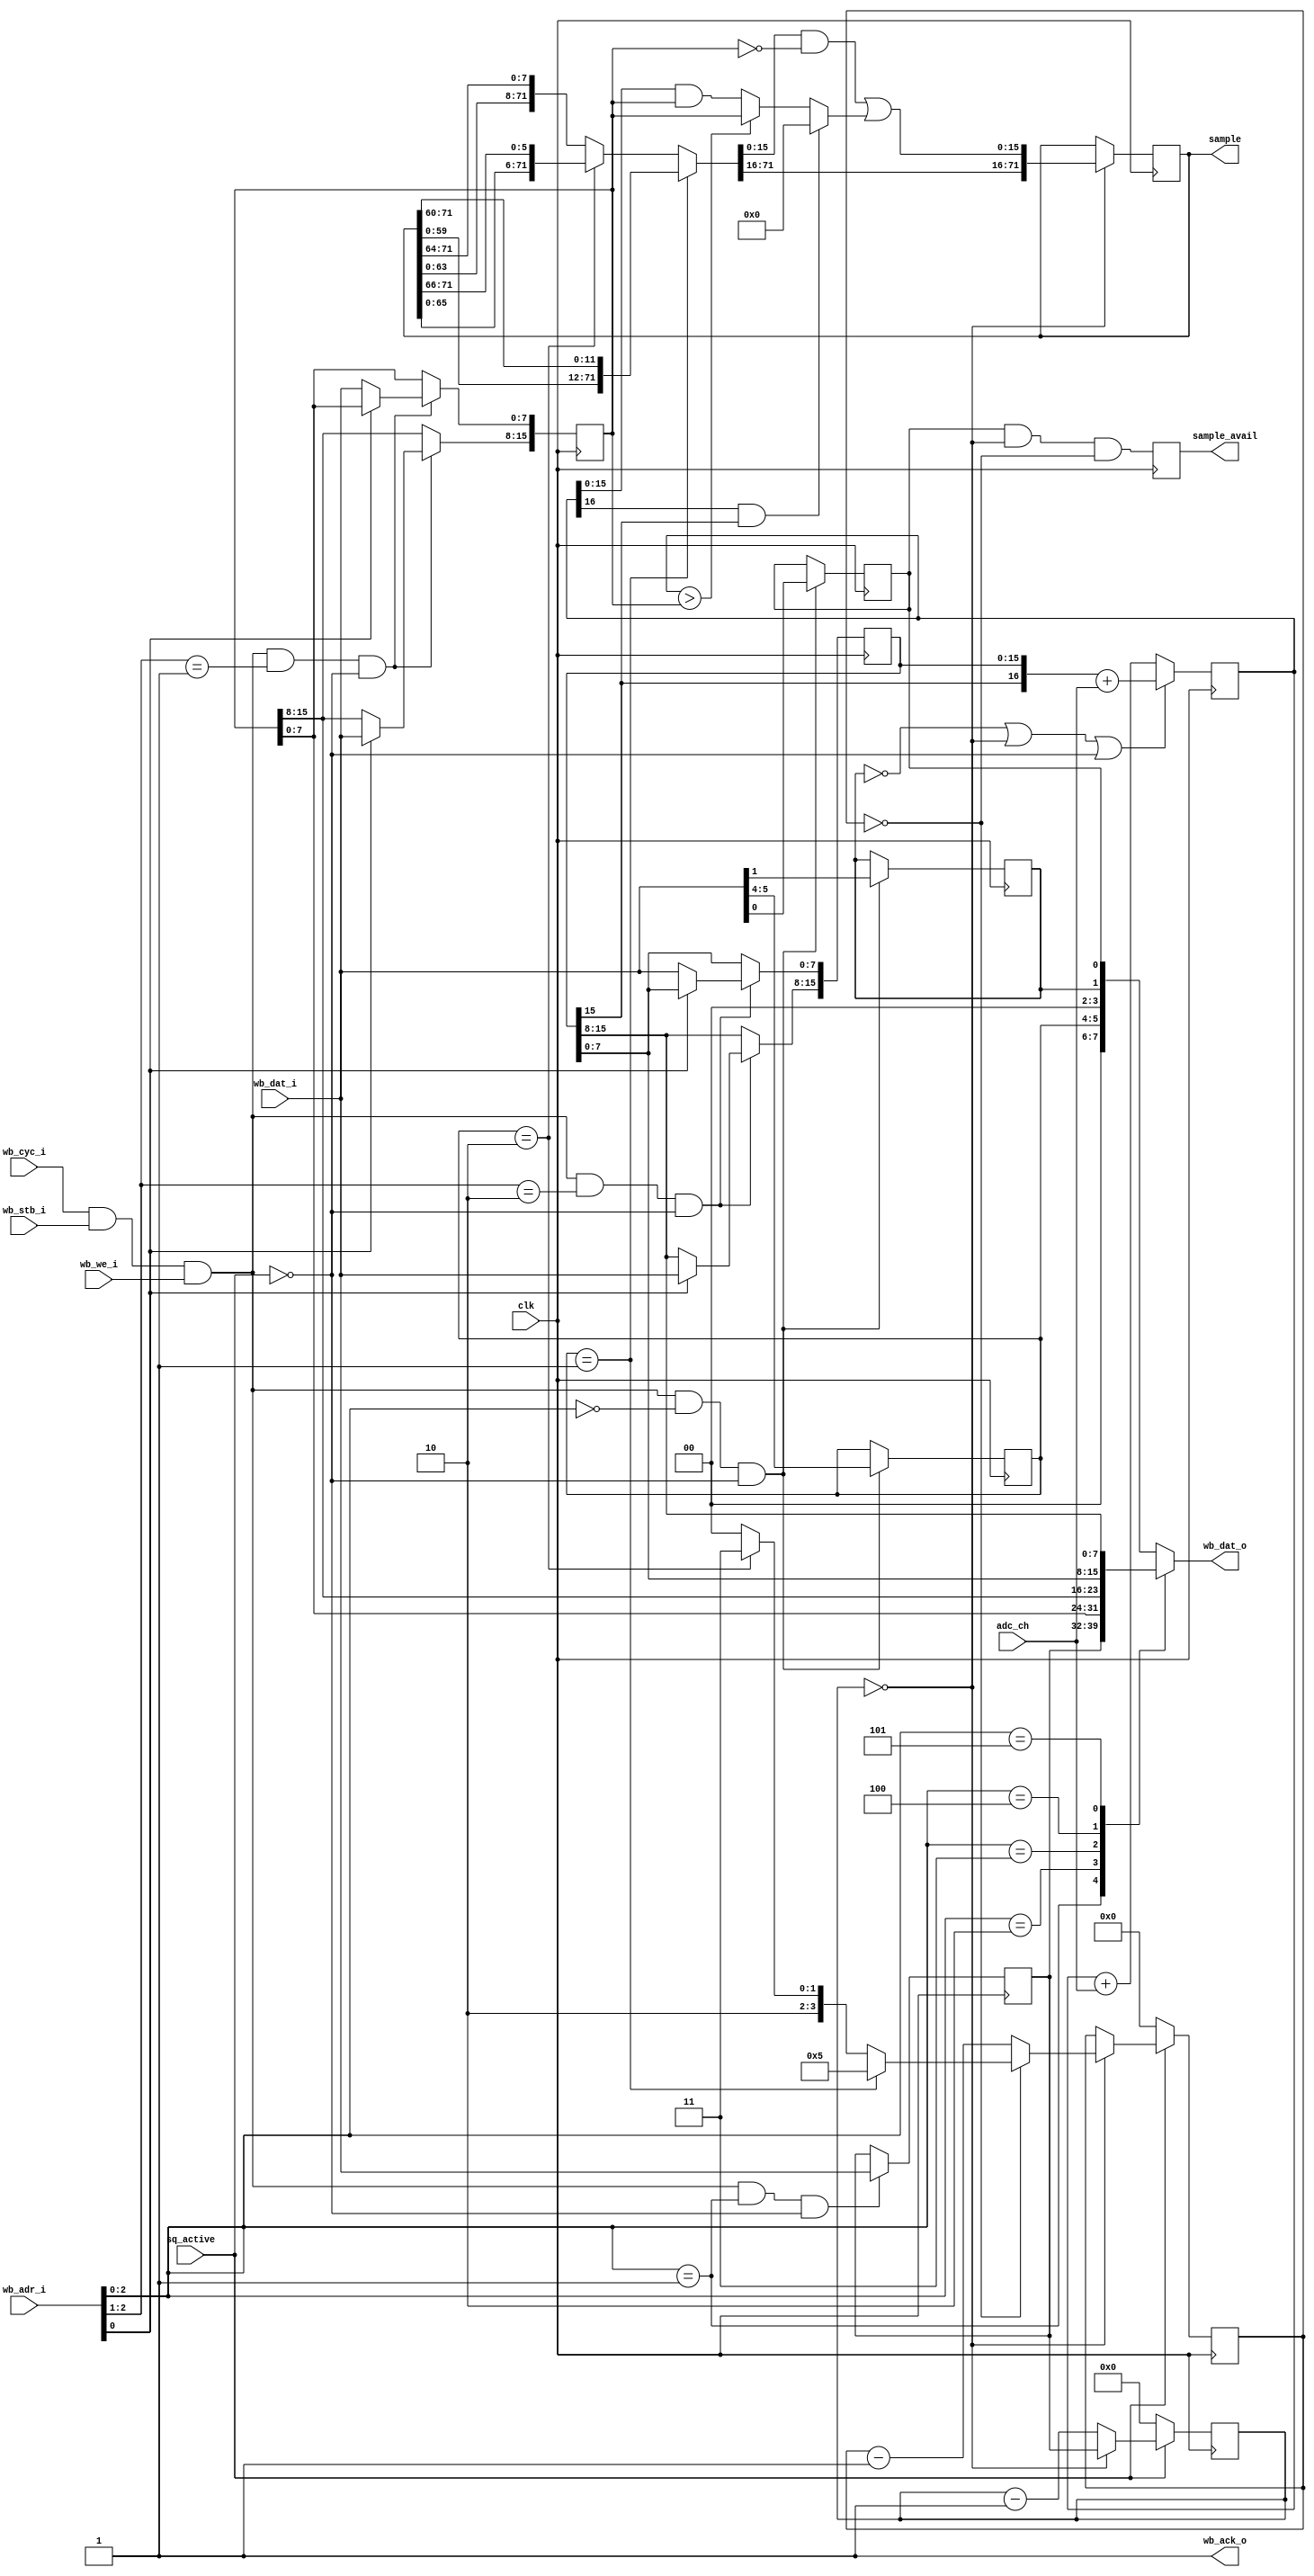
// Collect multiple ADC reading into a sample queue entry
//
// Copyright (C) 2023  Kevin O'Connor <kevin@koconnor.net>
//
// This file may be distributed under the terms of the GNU GPLv3 license.

module sampadcacc #(
    parameter SAMPLE_W = 72
    )(
    input clk,
    input [7:0] adc_ch, input sq_active,

    output reg [SAMPLE_W-1:0] sample, output reg sample_avail,

    input wb_stb_i, input wb_cyc_i, input wb_we_i,
    input [15:0] wb_adr_i,
    input [7:0] wb_dat_i,
    output reg [7:0] wb_dat_o,
    output wb_ack_o
    );

    // Sum incoming samples
    reg [16:0] adc_sum_with_carry;
    wire reset_sum;
    reg [15:0] initial_sum;
    wire [16:0] initial_sum_with_carry = {initial_sum[15], initial_sum};
    always @(posedge clk) begin
        if (reset_sum)
            adc_sum_with_carry <= initial_sum_with_carry + adc_ch;
        else
            adc_sum_with_carry <= adc_sum_with_carry + adc_ch;
    end

    // Sum masking
    reg [15:0] sum_mask;
    wire [15:0] adc_sum = adc_sum_with_carry[15:0];
    wire [15:0] raw_sum_with_mask = adc_sum & sum_mask;
    wire did_underflow = adc_sum_with_carry[16] && initial_sum[15];
    wire did_overflow = adc_sum_with_carry > sum_mask;
    wire [15:0] masked_sum = (did_underflow ? 1'b0
                              : (did_overflow ? sum_mask : raw_sum_with_mask));

    // Sample shifting
    localparam SC_SHIFT8=0, SC_SHIFT12=1, SC_SHIFT6=2;
    wire [1:0] shift_type;
    wire [SAMPLE_W-1:0] sample_shift8
         = { sample[SAMPLE_W-9:0], sample[SAMPLE_W-1:SAMPLE_W-8] };
    wire [SAMPLE_W-1:0] sample_shift12
         = { sample[SAMPLE_W-13:0], sample[SAMPLE_W-1:SAMPLE_W-12] };
    wire [SAMPLE_W-1:0] sample_shift6
         = { sample[SAMPLE_W-7:0], sample[SAMPLE_W-1:SAMPLE_W-6] };
    wire [SAMPLE_W-1:0] sample_shift = (shift_type==SC_SHIFT12 ? sample_shift12
                : (shift_type==SC_SHIFT6 ? sample_shift6 : sample_shift8));
    wire [15:0] sample_shift_masked = sample_shift[15:0] & ~sum_mask;
    wire [15:0] sample_merged_low = sample_shift_masked | masked_sum;
    wire [SAMPLE_W-1:0] sample_merged
         = { sample_shift[SAMPLE_W-1:16], sample_merged_low };

    // Collect data into a sample queue entry
    wire do_deposit;
    always @(posedge clk)
        if (do_deposit)
            sample <= sample_merged;
    wire [3:0] deposit_cnt_start;
    reg [3:0] deposit_cnt;
    always @(posedge clk) begin
        if (sq_active) begin
            if (do_deposit) begin
                if (deposit_cnt == 0)
                    deposit_cnt <= deposit_cnt_start;
                else
                    deposit_cnt <= deposit_cnt - 1'b1;
            end
        end else begin
            deposit_cnt <= 0;
        end
    end
    reg enable;
    always @(posedge clk)
        sample_avail <= enable && do_deposit && deposit_cnt == 0;

    // Configurable deposit types
    localparam DT_9x8=SC_SHIFT8, DT_6x12=SC_SHIFT12, DT_12x6=SC_SHIFT6;
    reg [1:0] deposit_type;
    assign shift_type = deposit_type[1:0];
    assign deposit_cnt_start = (deposit_type == DT_6x12 ? 4'd5
                               : (deposit_type == DT_12x6 ? 4'd11 : 4'd8));

    // Track number of measurements to accumulate before depositing into sample
    reg [7:0] acc_cnt, cur_acc_cnt;
    assign do_deposit = cur_acc_cnt == 0;
    always @(posedge clk) begin
        if (sq_active) begin
            if (do_deposit)
                cur_acc_cnt <= acc_cnt;
            else
                cur_acc_cnt <= cur_acc_cnt - 1'b1;
        end else begin
            cur_acc_cnt <= 0;
        end
    end
    reg do_adc_add;
    assign reset_sum = !do_adc_add || do_deposit || !sq_active;

    // Command registers
    wire is_command_set_status;
    always @(posedge clk)
        if (is_command_set_status && !sq_active) begin
            enable <= wb_dat_i[0];
            do_adc_add <= wb_dat_i[1];
            deposit_type <= wb_dat_i[5:4];
        end
    wire is_command_set_acc_count;
    always @(posedge clk)
        if (is_command_set_acc_count && !sq_active)
            acc_cnt <= wb_dat_i;
    wire is_command_set_sum_mask;
    always @(posedge clk)
        if (is_command_set_sum_mask && !sq_active) begin
            if (!wb_adr_i[0])
                sum_mask[7:0] <= wb_dat_i;
            else
                sum_mask[15:8] <= wb_dat_i;
        end
    wire is_command_set_initial_sum;
    always @(posedge clk)
        if (is_command_set_initial_sum && !sq_active) begin
            if (!wb_adr_i[0])
                initial_sum[7:0] <= wb_dat_i;
            else
                initial_sum[15:8] <= wb_dat_i;
        end

    // Command handling
    wire is_command = wb_cyc_i && wb_stb_i && wb_we_i;
    assign is_command_set_status = is_command && wb_adr_i[2:0] == 0;
    assign is_command_set_acc_count = is_command && wb_adr_i[2:0] == 1;
    assign is_command_set_sum_mask = is_command && wb_adr_i[2:1] == 1;
    assign is_command_set_initial_sum = is_command && wb_adr_i[2:1] == 2;
    always @(*) begin
        case (wb_adr_i[2:0])
        default: wb_dat_o = { deposit_type, 2'b0, do_adc_add, enable };
        1: wb_dat_o = acc_cnt;
        2: wb_dat_o = sum_mask[7:0];
        3: wb_dat_o = sum_mask[15:8];
        4: wb_dat_o = initial_sum[7:0];
        5: wb_dat_o = initial_sum[15:8];
        endcase
    end
    assign wb_ack_o = 1;

endmodule